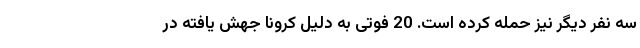
سه نفر دیگر نیز حمله کرده است. 20 فوتی به دلیل کرونا جهش یافته در